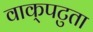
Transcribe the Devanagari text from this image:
वाक्‌पटुता